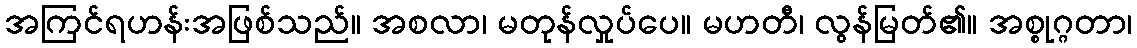
အကြင်ရဟန်းအဖြစ်သည်။ အစလာ၊ မတုန်လှုပ်ပေ။ မဟတီ၊ လွန်မြတ်၏။ အစ္စုဂ္ဂတာ၊